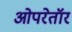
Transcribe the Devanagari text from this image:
ओपरेतॉर